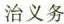
治义务